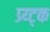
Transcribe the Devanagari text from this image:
प्र्य्ट्क